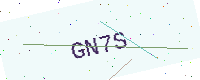
Text: GN7S